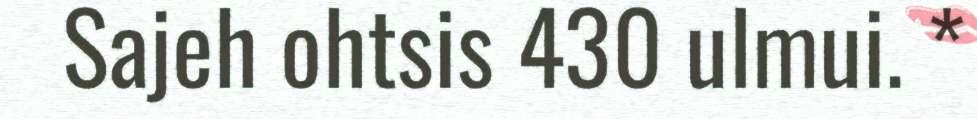
Sajeh ohtsis 430 ulmui. *